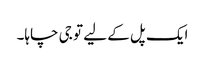
ایک پل کے لیے تو جی چاہا۔